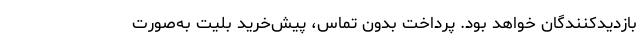
بازدیدکنندگان خواهد بود. پرداخت بدون تماس، پیش‌خرید بلیت به‌صورت